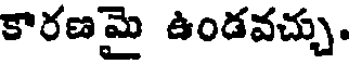
కారణమై ఉండవచ్చు.